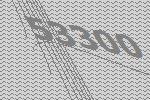
53300